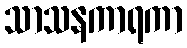
သာသနကာရကာ